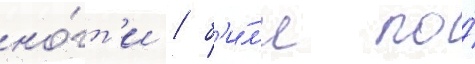
но́гт'и / б'и́л'и по́